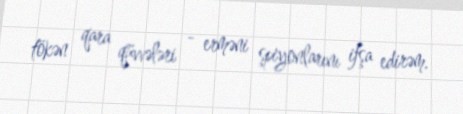
tökən qara qüvvələri - erməni şpiyonlarını ifşa edirəm.